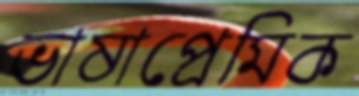
ভাষাপ্রেমিক